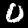
Label: 0